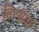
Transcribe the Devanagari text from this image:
विन्‍यास